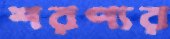
শরণ্যর